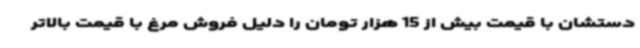
دستشان با قیمت بیش از 15 هزار تومان را دلیل فروش مرغ با قیمت بالاتر